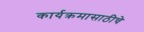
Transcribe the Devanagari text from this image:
कार्यक्रमासाठीचे